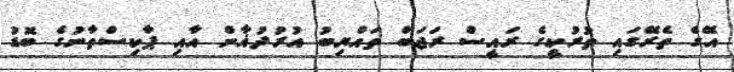
އޭގެ ތެރޭގައި ތުރުކީގެ ރައީސް ރަޖަބް ތައްޔިބު އުރުދުޣާން އާއި ޕާކިސްތާނުގެ ބޮޑު